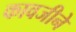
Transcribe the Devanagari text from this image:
कावजीने